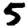
Digit: 5